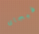
فيجاى